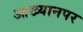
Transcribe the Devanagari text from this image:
आख्यानपर